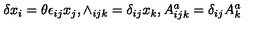
\delta x _ { i } = \theta \epsilon _ { i j } x _ { j } , \wedge _ { i j k } = \delta _ { i j } x _ { k } , A _ { i j k } ^ { a } = \delta _ { i j } A _ { k } ^ { a }